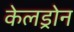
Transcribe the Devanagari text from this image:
केलड्रोन